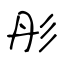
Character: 彤